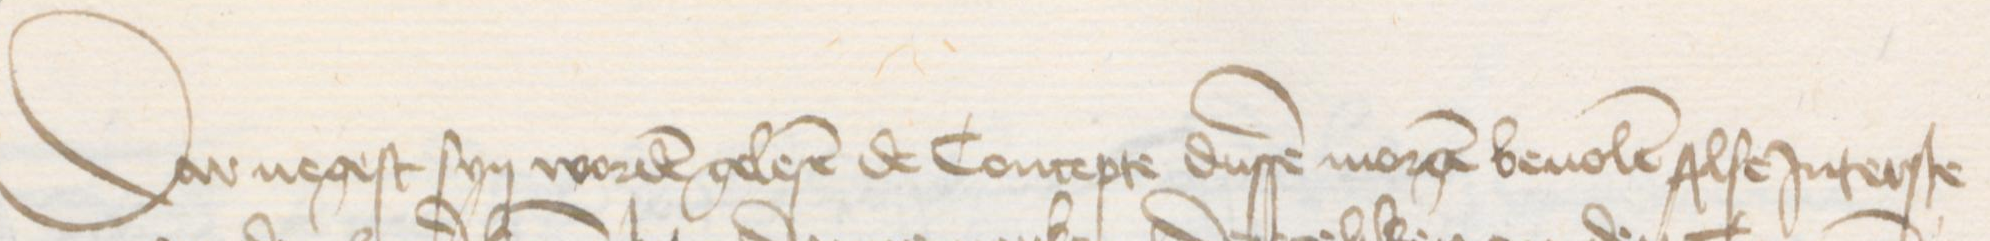
Dar negest syn worden gelesen de Concepte dussen morgen beuolen Alse Jnterste